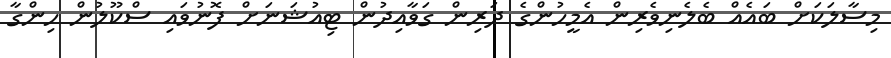
މިސާލަކަށް ބައެއް ބެލެނިވެރިން އެމީހުންގެ ދަރިން ގަވާއިދުން ޓިއުޝަނަށް ފޮނުވައި ސްކޫލުން ހިންގާ